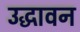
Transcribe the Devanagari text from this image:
उद्धावन